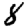
Digit: 8